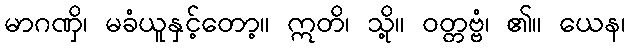
မာဂဏှိ၊ မခံယူနှင့်တော့။ ဣတိ၊ သို့။ ဝတ္တဗ္ဗံ၊ ၏။ ယေန၊